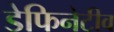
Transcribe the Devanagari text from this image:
डेफिनेटीव